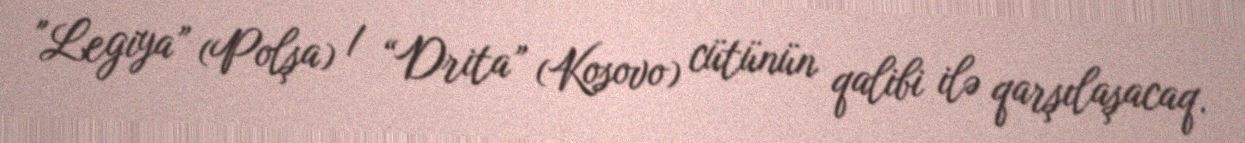
"Legiya” (Polşa) / “Drita” (Kosovo) cütünün qalibi ilə qarşılaşacaq.